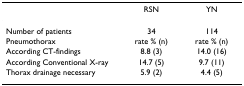
|  | RSN | YN |
 | --- | --- | --- |
 | Number of patients | 34 | 114 |
 | Pneumothorax | rate % (n) | rate % (n) |
 | According CT-findings | 8.8 (3) | 14.0 (16) |
 | According Conventional X-ray | 14.7 (5) | 9.7 (11) |
 | Thorax drainage necessary | 5.9 (2) | 4.4 (5) |